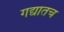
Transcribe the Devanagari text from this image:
गद्यातच